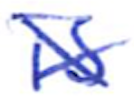
Text: is
Cross-out: cross
Writing tool: ballpoint